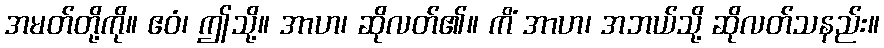
အမတ်တို့ကို။ ဧဝံ၊ ဤသို့။ အာဟ၊ ဆိုလတ်၏။ ကိံ အာဟ၊ အဘယ်သို့ ဆိုလတ်သနည်း။